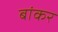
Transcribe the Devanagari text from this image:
बांकर